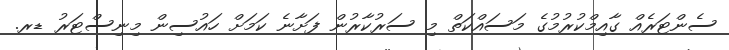
ސެންޓަރެއް ގާއިމްކުރުމުގެ މަސައްކަތް މި ސަރުކާރުން ފަށާނެ ކަމަށް ހައުސިން މިނިސްޓަރު ޑރ.